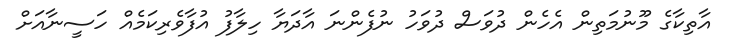
އާތިކާގެ މޫނުމަތިން އެހެން ދުވަސް ދުވަހު ނުފެންނަ އާދަޔާ ހިލާފު އުފާވެރިކަމެއް ހަސީނާއަށް